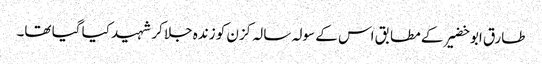
طارق ابو خضیر کے مطابق اس کے سولہ سالہ کزن کو زندہ جلا کر شہید کیا گیا تھا۔